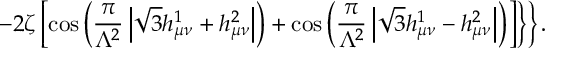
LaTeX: \left. \left. - 2 \zeta \left[ \cos \left( \frac { \pi } { \Lambda ^ { 2 } } \left| \sqrt { 3 } h _ { \mu \nu } ^ { 1 } + h _ { \mu \nu } ^ { 2 } \right| \right) + \cos \left( \frac { \pi } { \Lambda ^ { 2 } } \left| \sqrt { 3 } h _ { \mu \nu } ^ { 1 } - h _ { \mu \nu } ^ { 2 } \right| \right) \right] \right\} \right\} .